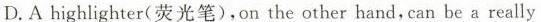
D. A highlighter(荧光笔),on the other hand, can be a really